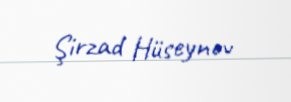
Şirzad Hüseynov